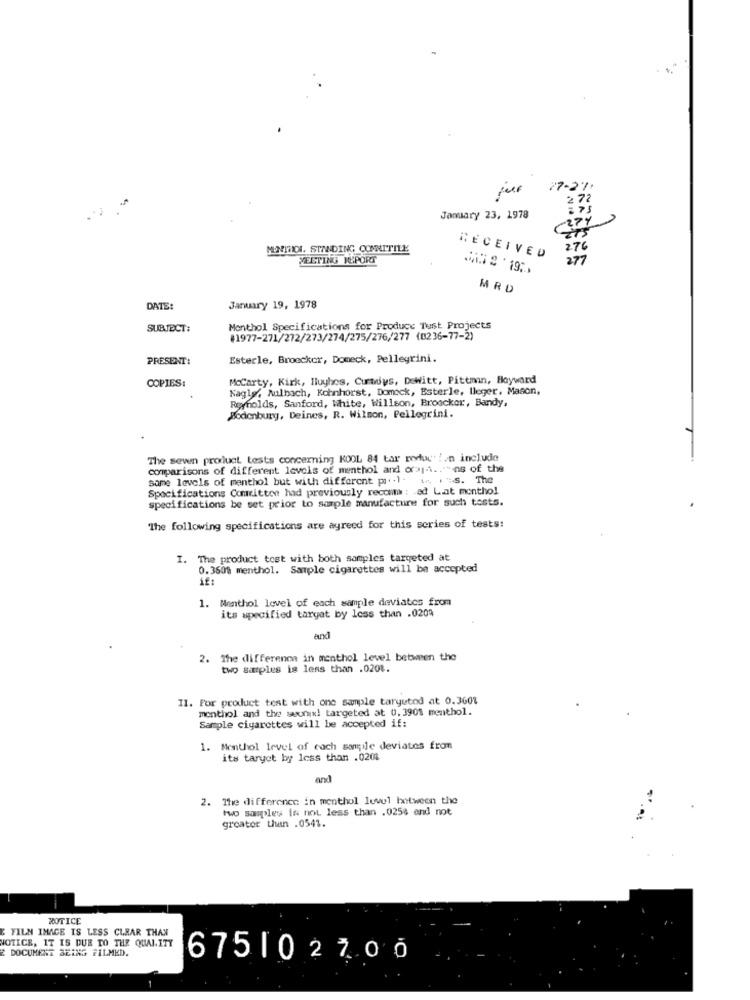
27-27.
72
January 23, 1978
MINTHIDI. STANDING COMNITILE
276
MEETING REPORT
RECEIVED
277
MRD
DATE:
January 19, 1978
SUBJECT:
Menthol Specifications for Produce Tust Projects
#1977-271/272/273/274/275/276/277 (0236-77-2)
PRESENT:
Esterle, Broecker, Doneck, Pellegrini.
Mccarty, Kirk, Hluyhes, Cumys, DeWitt, Pittman, Hayward
COPIES:
Kagly, Milbach, Kohnhorst, Domeck, Esterle, lleger, Mason,
Reynolds, Sanford, White, Willson, Broecker, Bandy,
Bodenburg, Deines, R. Wilson, Pellegrini.
The sewn product tests concerning KOOL 84 tar rodud' !. n include
comparisons of different levels of menthol and orsi ... as of the
same levels of menthol but with different pi .. 1. in. s. The
Specifications Comritten had previously recomm : ad Lat monthol
specifications be set prior to sample manufacture for such tosts.
The following specifications are agreed for this series of tests:
I. The product tost with both samples targeted at
0.3600 menthol. Sample cigarettes will be accepted
1. Menthol level of each sample deviates from
its specified target by less than .0204
and
2. The difference in menthol level between the
two samples is less than .0201.
II. For product test with one sample targutod at 0.360%
menthol and the wwunix! targeted at 0.3901 menthol.
Sample cigarettes will be accepted if:
Menthol level of cach sample deviates from
its taryet by less than .0201
and
The difference in menthol level between the
two samples is not less than .0258 and not
greater than .0541.
NOTICE
YILN IMAGE IS LESS CLEAR THAN
NOTICE, IT IS DUE TO THE QUALITY
DOCUMENT BEING FILMED.
675102700